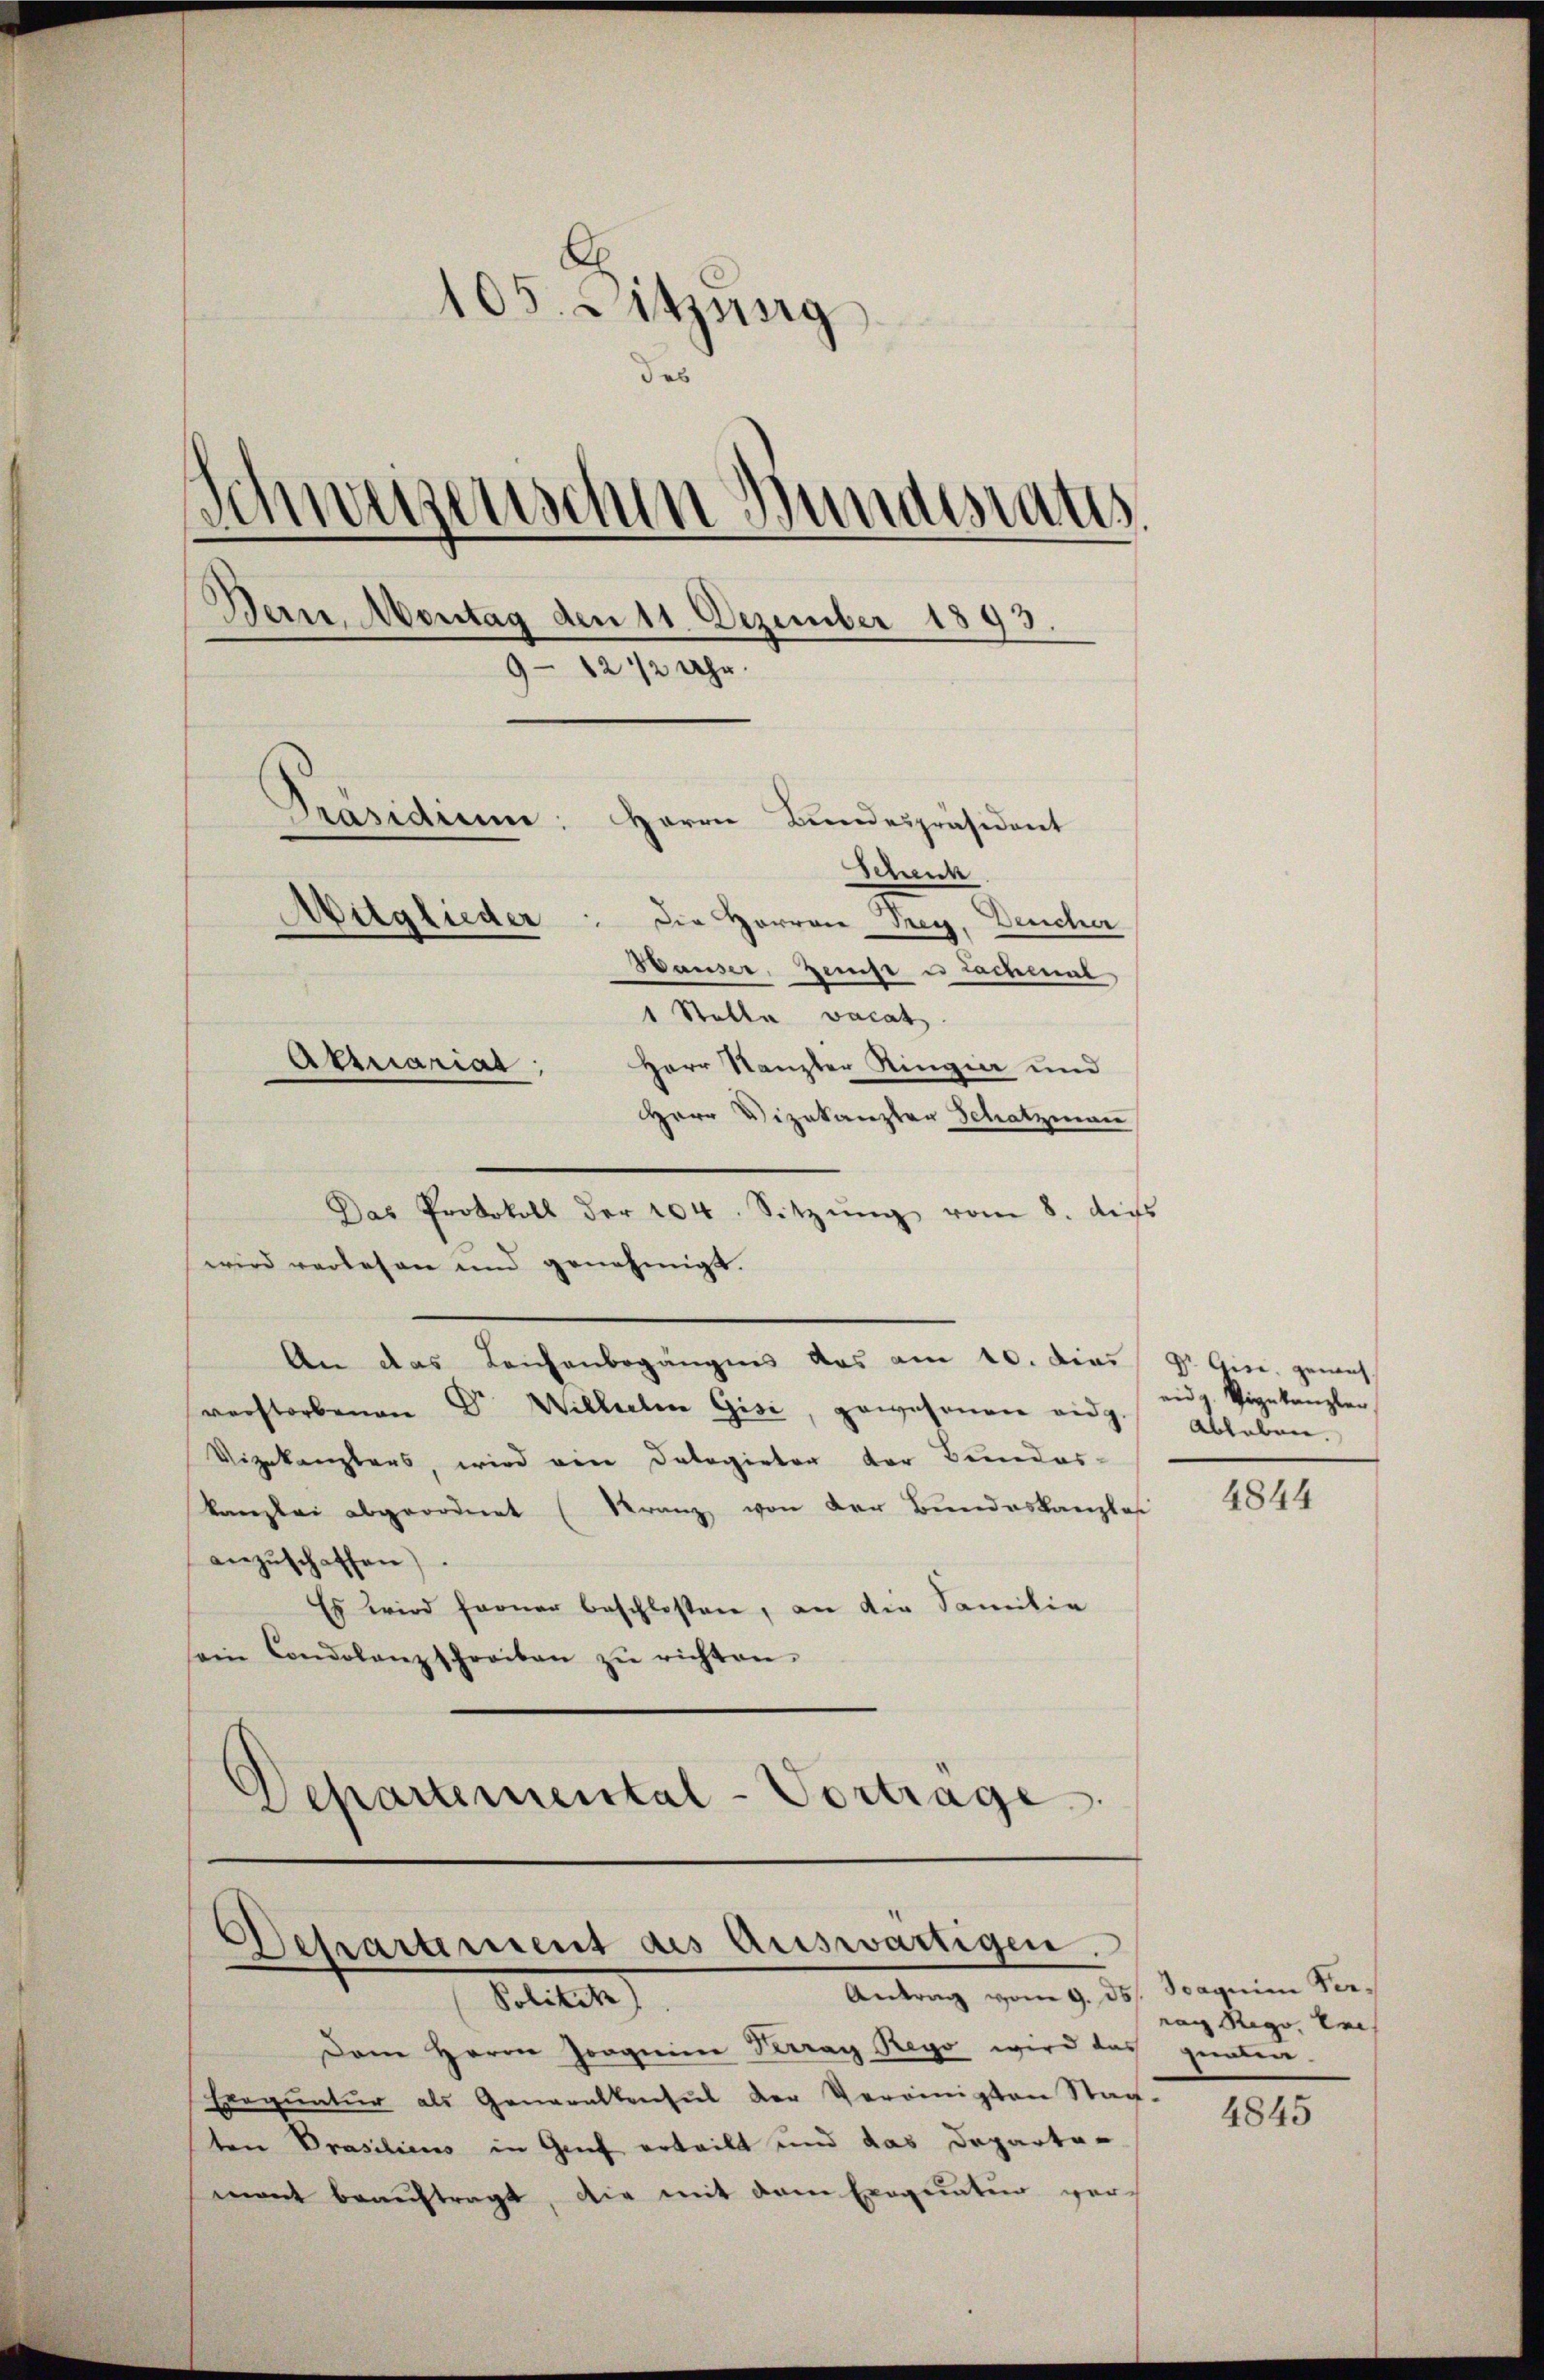
105. Sitzung
des
d
wigenschen Bundesrats
Bern, Montag den 11. Dezember 1893.
9-12 1/2 Uhr.
Präsidium: Herrn Bundespräsident
deun
Mitglieder
Der Herren Prey, Deucher
Hauser, Zeise e nochmal
1 Stelle vacat
Aktuariat
Herr Stanzler Ringia und
Herr Vizekanzler Schatzman

Das Protokoll der 204. Sitzŭng vom 8. di
wird verlesen und genehmigt.
An das Leichenbegängnis das am 10. dies pr. Gisc. gemäss
verstorbenen Dr. Wilhelm Gisi, gewesenen eidg.
Vizekanzlers, wird von Delegirter der Bunderkanzlei abgeordnet (Kranz von der Bundeskanzlos
anzŭschaffen).
Es wird ferner beschloßen, an die Familie
sein Condolanz schreiben zŭ richten.
Departemental-Vortrage

Departement des Auswärtigen.
Antrag vom 9. ds. Spagnim Ver¬
Petitel

Dane Herrn Jooguine Kerray Reyo wird das geraten.
Exequatur als Generalkonsul der Vereinigten Stag-
ten Prasiliens in Genf erteilt und das Departamant beauftragt, die mit dem Exegemten ver-

eidg. Vizekanzler
Ableben.

4844

ra Rego, bei

4845